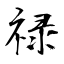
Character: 禄